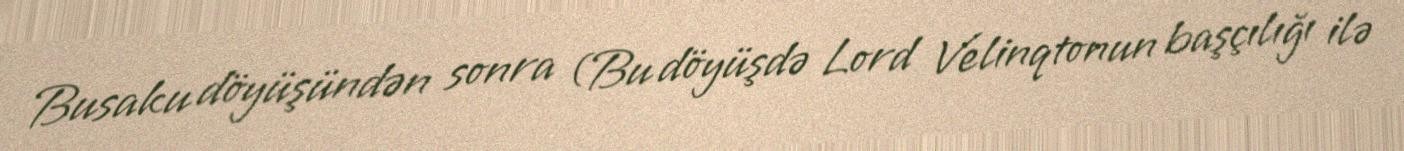
Busaku döyüşündən sonra (Bu döyüşdə Lord Velinqtonun başçılığı ilə